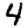
Digit: 4